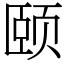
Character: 颐